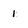
Character: 1